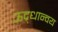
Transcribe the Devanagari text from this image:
ऊद्र्धान्वय